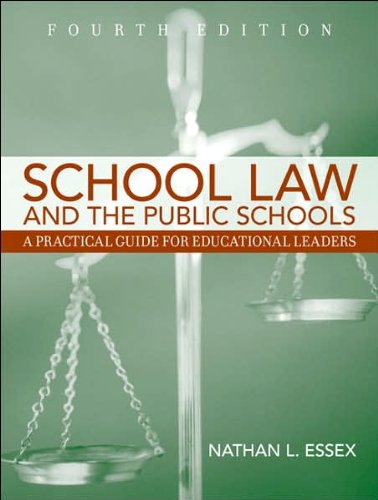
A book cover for N. L. Essex's School Law and the Public Schools 4th(fourth) edition(School Law and the Public Schools: A Practical Guide for Educational Leaders (4th Edition) [Paperback])(2007); N. L. Essex; Education & Teaching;